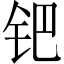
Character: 钯